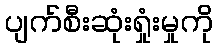
ပျက်စီးဆုံးရှုံးမှုကို